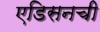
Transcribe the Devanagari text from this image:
एडिसनची